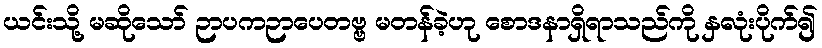
ယင်းသို့ မဆိုသော် ဉာပကဉာပေတဗ္ဗ မတန်ခဲ့ဟု စောဒနာရှိရာသည်ကို နှလုံးပိုက်၍